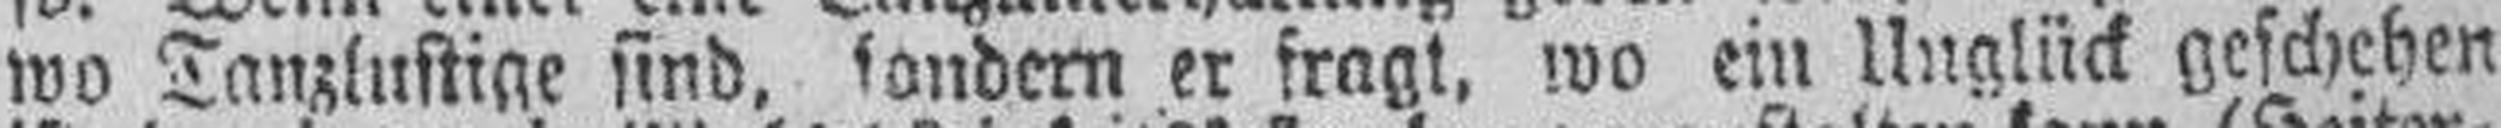
wo Tanzlustige sind, sondern er fragt, wo ein Unglück geschehen